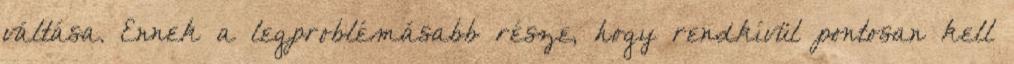
váltása. Ennek a legproblémásabb része, hogy rendkívül pontosan kell